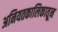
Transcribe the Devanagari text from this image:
अनियतकालिकातून